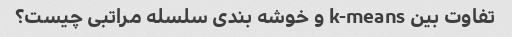
تفاوت بین k-means و خوشه بندی سلسله مراتبی چیست؟